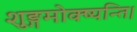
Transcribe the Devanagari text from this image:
शुङ्गमोक्ष्यन्ति।